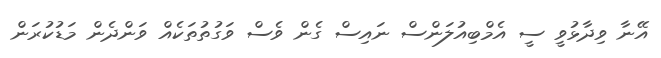
އޭނާ ވިދާޅުވީ ސީ އެމްބިއުލަންސް ނައިސް ގެން ވެސް ވަގުތުތަކެއް ވަންދެން މަޑުކުރަން